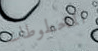
المخطوطات